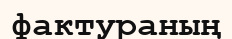
фактураның